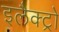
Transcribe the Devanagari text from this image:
इलैक्ट्रो